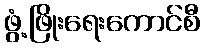
ဖွံ့ဖြိုးရေးကောင်စီ